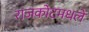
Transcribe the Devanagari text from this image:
राजकोटमधले